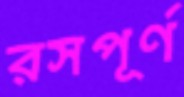
রসপূর্ণ